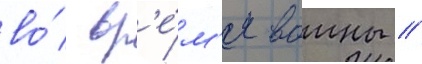
во́ вр'е́м'я воины /